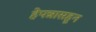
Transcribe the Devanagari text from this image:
हेपन्नासहून